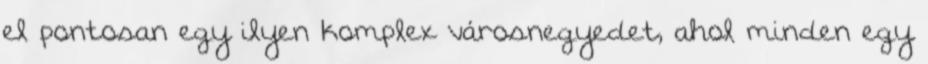
el pontosan egy ilyen komplex városnegyedet, ahol minden egy